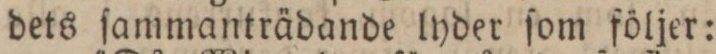
dets ſammanträdande lyder ſom följer: